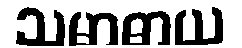
သမာဓာယ